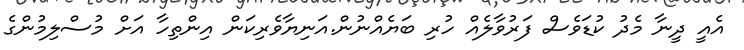
އެއީ ދީނާ މެދު ކުޑަވެސް ފަރުވާލެއް ހުރި ބަޔެއްނުން.އަނިޔާވެރިކަން އިންތިހާ އަށް މުސްލިމުންގެ